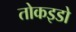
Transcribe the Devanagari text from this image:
तोकइडो